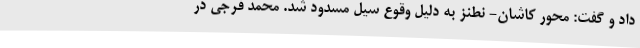
داد و گفت: محور کاشان- نطنز به دلیل وقوع سیل مسدود شد. محمد فرجی در